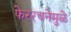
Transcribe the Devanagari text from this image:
फेररचनेमुळे